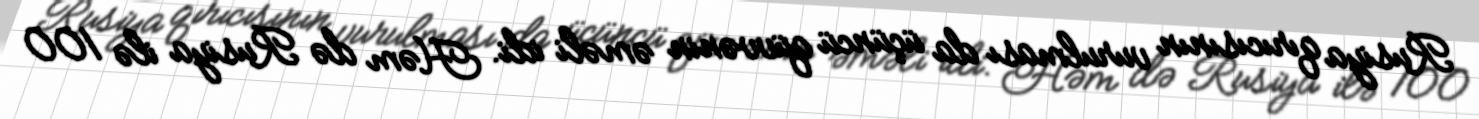
Rusiya qırıcısının vurulması da üçüncü qüvvənin əməli idi. Həm də Rusiya ilə 100